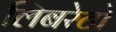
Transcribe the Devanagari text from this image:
लिबरेटो